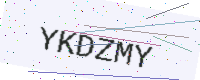
Text: YKDZMY